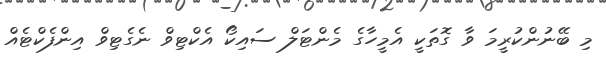
މި ބޭނުންކުރީމަ ވާ ގޮތަކީ އެމީހާގެ މެންޓަލް ސައިކޯ އެކްޓިވް ނެގެޓިވް އިންފެކްޓެއް